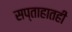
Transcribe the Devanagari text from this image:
सप्ताहातही